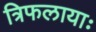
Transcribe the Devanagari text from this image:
त्रिफलायाः